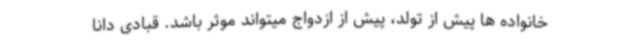
خانواده ها پیش از تولد، پیش از ازدواج میتواند موثر باشد. قبادی دانا